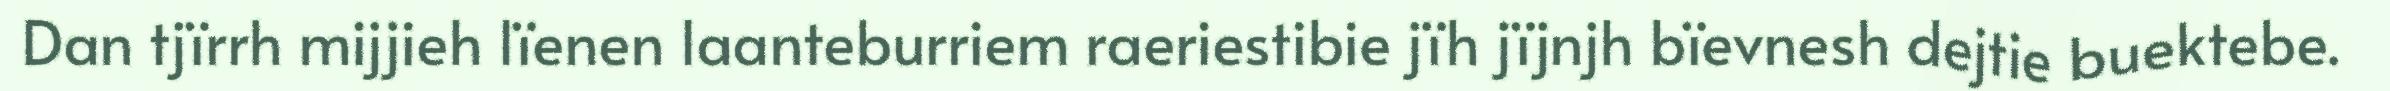
Dan tjïrrh mijjieh lïenen laanteburriem raeriestibie jïh jïjnjh bïevnesh dejtie buektebe.